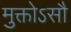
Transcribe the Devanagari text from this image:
मुक्तोऽसौ